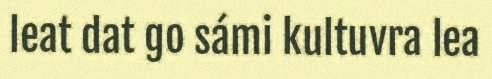
leat dat go sámi kultuvra lea